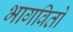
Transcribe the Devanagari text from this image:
भागवितो